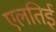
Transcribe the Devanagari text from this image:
एलतिई